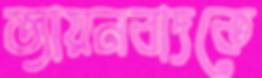
জায়নবাদকে